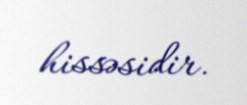
hissəsidir.